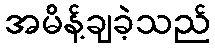
အမိန့်ချခဲ့သည်